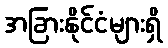
အခြားနိုင်ငံများရှိ